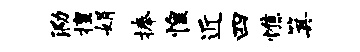
泐擅娟捧惶近四憔箕